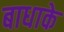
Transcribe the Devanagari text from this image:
बाधाके